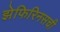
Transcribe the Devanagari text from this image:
झेफिरिनसची